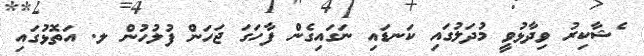
ެޝާކިރު ވިދާޅުވީ މުދަލުގައި ކަނޑައި ނަގައިގެން ފާހަގަ ޖަހަން ފުލުހުން ލ. އަތޮޅުގައި